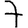
Digit: 7